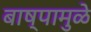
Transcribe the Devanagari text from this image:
बाष्पामुळे